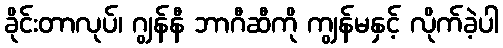
ခိုင်းတာလုပ်၊ ဂျွန်နီ ဘာဂီဆီကို ကျွန်မနှင့် လိုက်ခဲ့ပါ